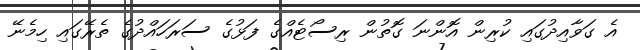
އެ ގަވާއިދުގައި ކުރިން އޮންނަ ގޮތުން ރިސޯޓެއްގެ ފަޅުގެ ސަރަހައްދުގެ ތެރޭގައި ހިމެނޭ